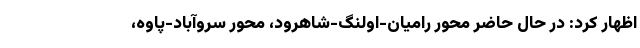
اظهار کرد: در حال حاضر محور رامیان-اولنگ-شاهرود، محور سروآباد-پاوه،